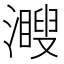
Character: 𤁨